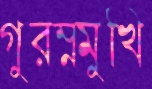
গুরম্নমুখি